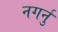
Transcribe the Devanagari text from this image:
नगर्नु